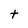
Character: t